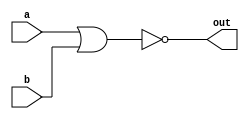
module nor_gate(a,b,out);
       input wire a;
       input wire b;
       output wire out;

       assign out=~(a|b);

endmodule